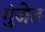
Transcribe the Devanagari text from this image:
गुंजेत